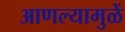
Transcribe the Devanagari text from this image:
आणल्यामुळें